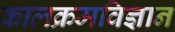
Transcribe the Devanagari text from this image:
कालक्रमविज्ञान